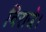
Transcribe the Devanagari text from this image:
विराजे।